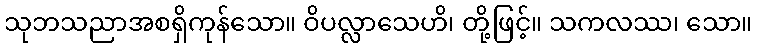
သုဘသညာအစရှိကုန်သော။ ဝိပလ္လာသေဟိ၊ တို့ဖြင့်။ သကလဿ၊ သော။